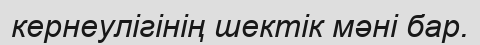
кернеулігінің шектік мәні бар.